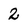
Character: 2